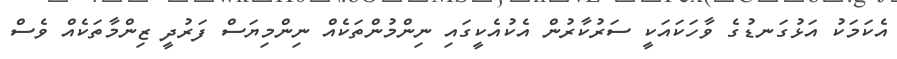
އެކަމަކު އަޅުގަނޑުގެ ވާހަކައަކީ ސަރުކާރުން އެކުއެކީގައި ނިންމުންތަކެއް ނިންމިޔަސް ފަރުދީ ޒިންމާތަކެއް ވެސް